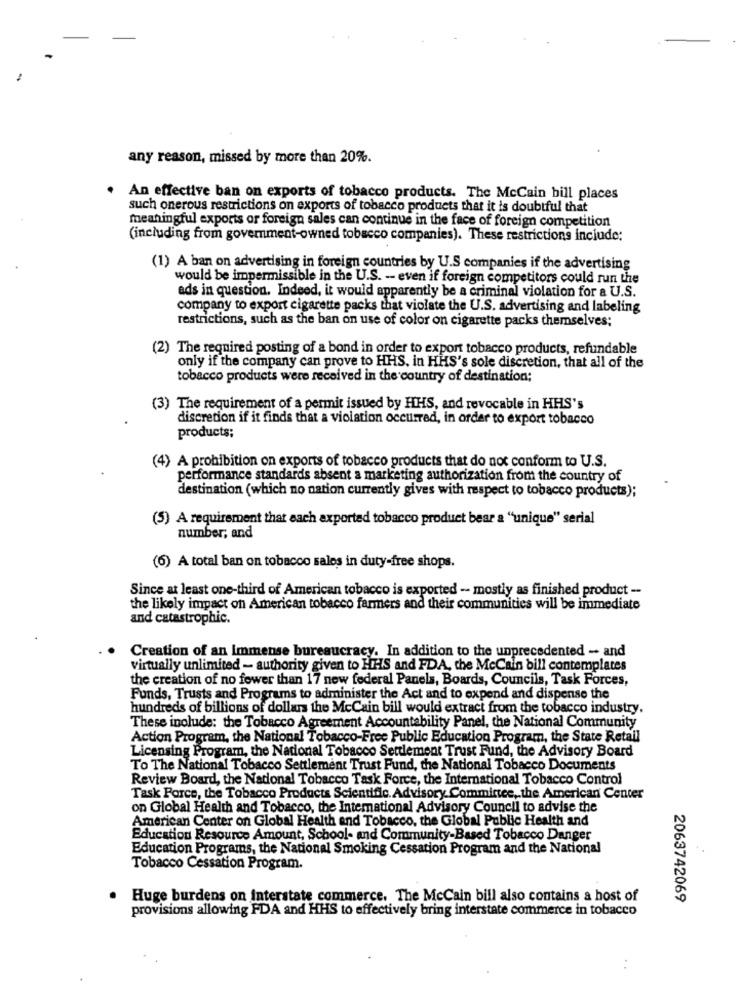
any reason, missed by more than 20%.
An effective ban on exports of tobacco products. The McCain bill places
such onerous restrictions on exports of tobacco products that it is doubtful that
meaningful exports or foreign sales can continue in the face of foreign competition
(including from government-owned tobacco companies). These restrictions include:
(1) A ban on advertising in foreign countries by U.S companies if the advertising
would be impermissible in the U.S. -- even if foreign competitors could run the
ads in question. Indeed, it would apparently be a criminal violation for a U.S.
company to export cigarette packs that violate the U.S. advertising and labeling
restrictions, such as the ban on use of color on cigarette packs themselves;
(2) The required posting of a bond in order to export tobacco products, refundable
only if the company can prove to HHS, in HHS's sole discretion, that all of the
tobacco products were received in the country of destination;
(3) The requirement of a permit issued by HHS, and revocable in HHS's
discretion if it finds that a violation occurred, in order to export tobacco
products;
(4) A prohibition on exports of tobacco products that do not conform to U.S.
performance standards absent a marketing authorization from the country of
destination (which no nation currently gives with respect to tobacco products);
(5) A requirement that each axported tobacco product bear a "unique" serial
number; and
(6) A total ban on tobacco sales in duty-free shops.
Since at least one-third of American tobacco is exported -- mostly as finished product --
the likely impact on American tobacco farmers and their communities will be immediate
and catastrophic.
Creation of an Immense bureaucracy. In addition to the unprecedented - and
virtually unlimited - authority given to HHS and FDA, che McCain bill contemplates
the creation of no fewer than 17 new federal Panels, Boards, Councils, Task Forces,
Funds, Trusts and Programs to administer the Act and to expend and dispense the
hundreds of billions of dollars the McCain bill would extract from the tobacco industry.
These include: the Tobacco Agreement Accountability Panel, the National Community
Action Program, the National Tobacco-Free Public Education Program, the State Retail
Licensing Program, the Nadonal Tobacco Settlement Trust Fund, the Advisory Board
To The National Tobacco Settlement Trust Fund, the National Tobacco Documents
Review Board, the National Tobacco Task Force, the International Tobacco Control
Task Force, the Tobacco Products Scientific. Advisory Committee, the American Center
on Global Health and Tobacco, the International Advisory Council to advise the
American Center on Global Health and Tobacco, the Global Public Health and
Education Resource Amount, School- and Community-Based Tobacco Danger
Education Programs, the National Smoking Cessation Program and the National
Tobacco Cessation Program.
Huge burdens on Interstate commerce. The McCain bill also contains a host of
2063742069
provisions allowing FDA and HHS to effectively bring interstate commerce in tobacco